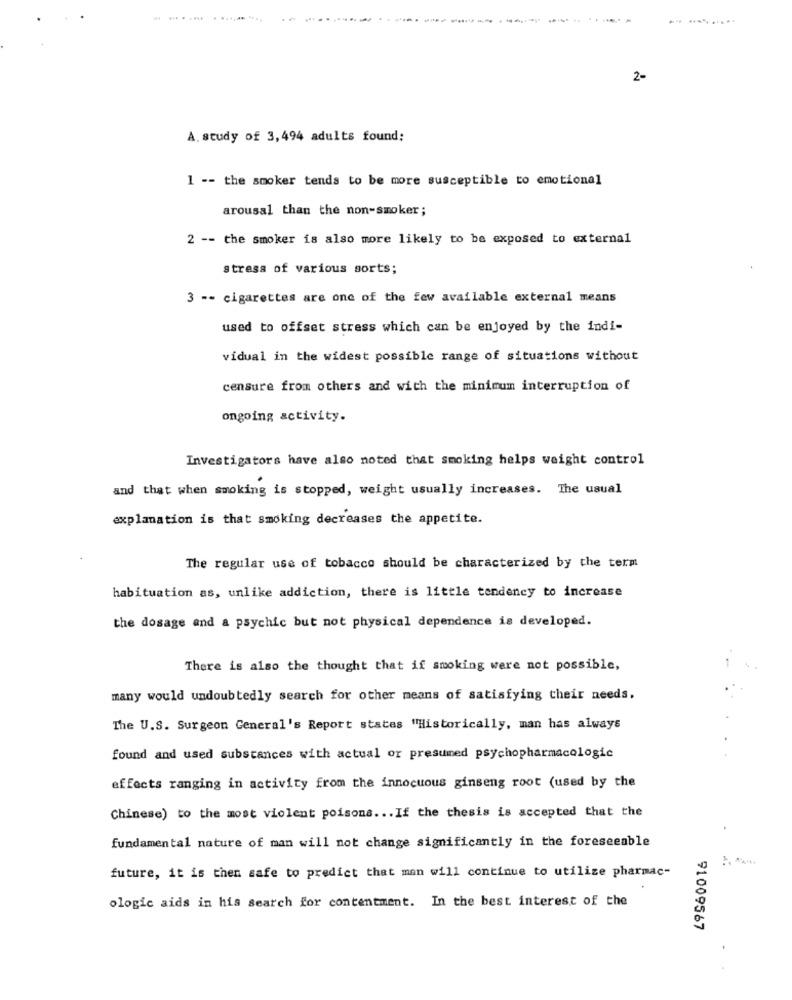
. -
... ..........
2-
A. study of 3,494 adults found:
1 -- the smoker tends to be more susceptible to emotional
arousal than the non-smoker;
2 -- the smoker is also more likely to be exposed to external
stress of various sorts;
3 -- cigarettes are one of the few available external means
used to offset stress which can be enjoyed by the indi-
vidual in the widest possible range of situations without
censure from others and wich the minimum interruption of
ongoing activity.
Investigators have also noted that smoking helps weight control
and that when smoking is stopped, weight usually increases. The usual
explanation is that smoking decreases the appetite.
The regular use of tobacco should be characterized by the term
habituation as, unlike addiction, there is little tendency to increase
the dosage and a psychic but not physical dependence is developed.
There is also the thought that if smoking were not possible,
many would undoubtedly search for other means of satisfying their needs.
The U.S. Surgeon General's Report states "Historically, man has always
found and used substances with actual or presumed psychopharmacologic
effects ranging in activity from the innocuous ginseng root (used by the
Chinese) to the most violent poisons ... If the thesis is accepted that the
fundamental nature of man will not change significantly in the foreseeable
future, it is then safe to predict that man will continue to utilize pharmac-
ologic aids in his search for contentment. In the best interest of the
91009567